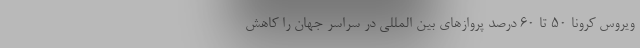
ویروس کرونا ۵۰ تا ۶۰ درصد پروازهای بین المللی در سراسر جهان را کاهش